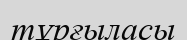
тұрғыласы